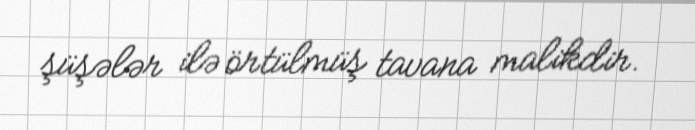
şüşələr ilə örtülmüş tavana malikdir.